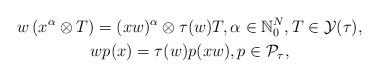
LaTeX: \begin{gather*}w\left( x^{\alpha}\otimes T\right) =(xw) ^{\alpha}\otimes\tau(w) T, \alpha\in\mathbb{N}_{0}^{N}, T\in \mathcal{Y}(\tau) ,\\wp(x) =\tau(w) p(xw), p\in\mathcal{P}_{\tau},\end{gather*}